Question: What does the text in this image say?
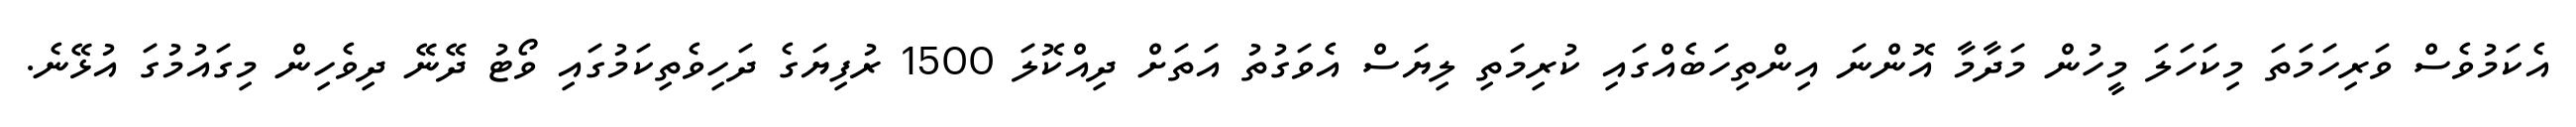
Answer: އެކަމުވެސް ވަރިހަމަތަ މިކަހަލަ މީހުން މަދާމާ އޮންނަ އިންތިހަބެއްގައި ކުރިމަތި ލިޔަސް އެވަގުތު އަތަށް ދިއްކޮލަ 1500 ރުފިޔަގެ ދަހިވެތިކަމުގައި ވޯޓު ދޭނޭ ދިވެހިން މިގައުމުގަ އުޅޭނެ.